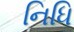
નિધિ